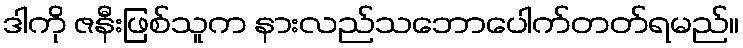
ဒါကို ဇနီးဖြစ်သူက နားလည်သဘောပေါက်တတ်ရမည်။